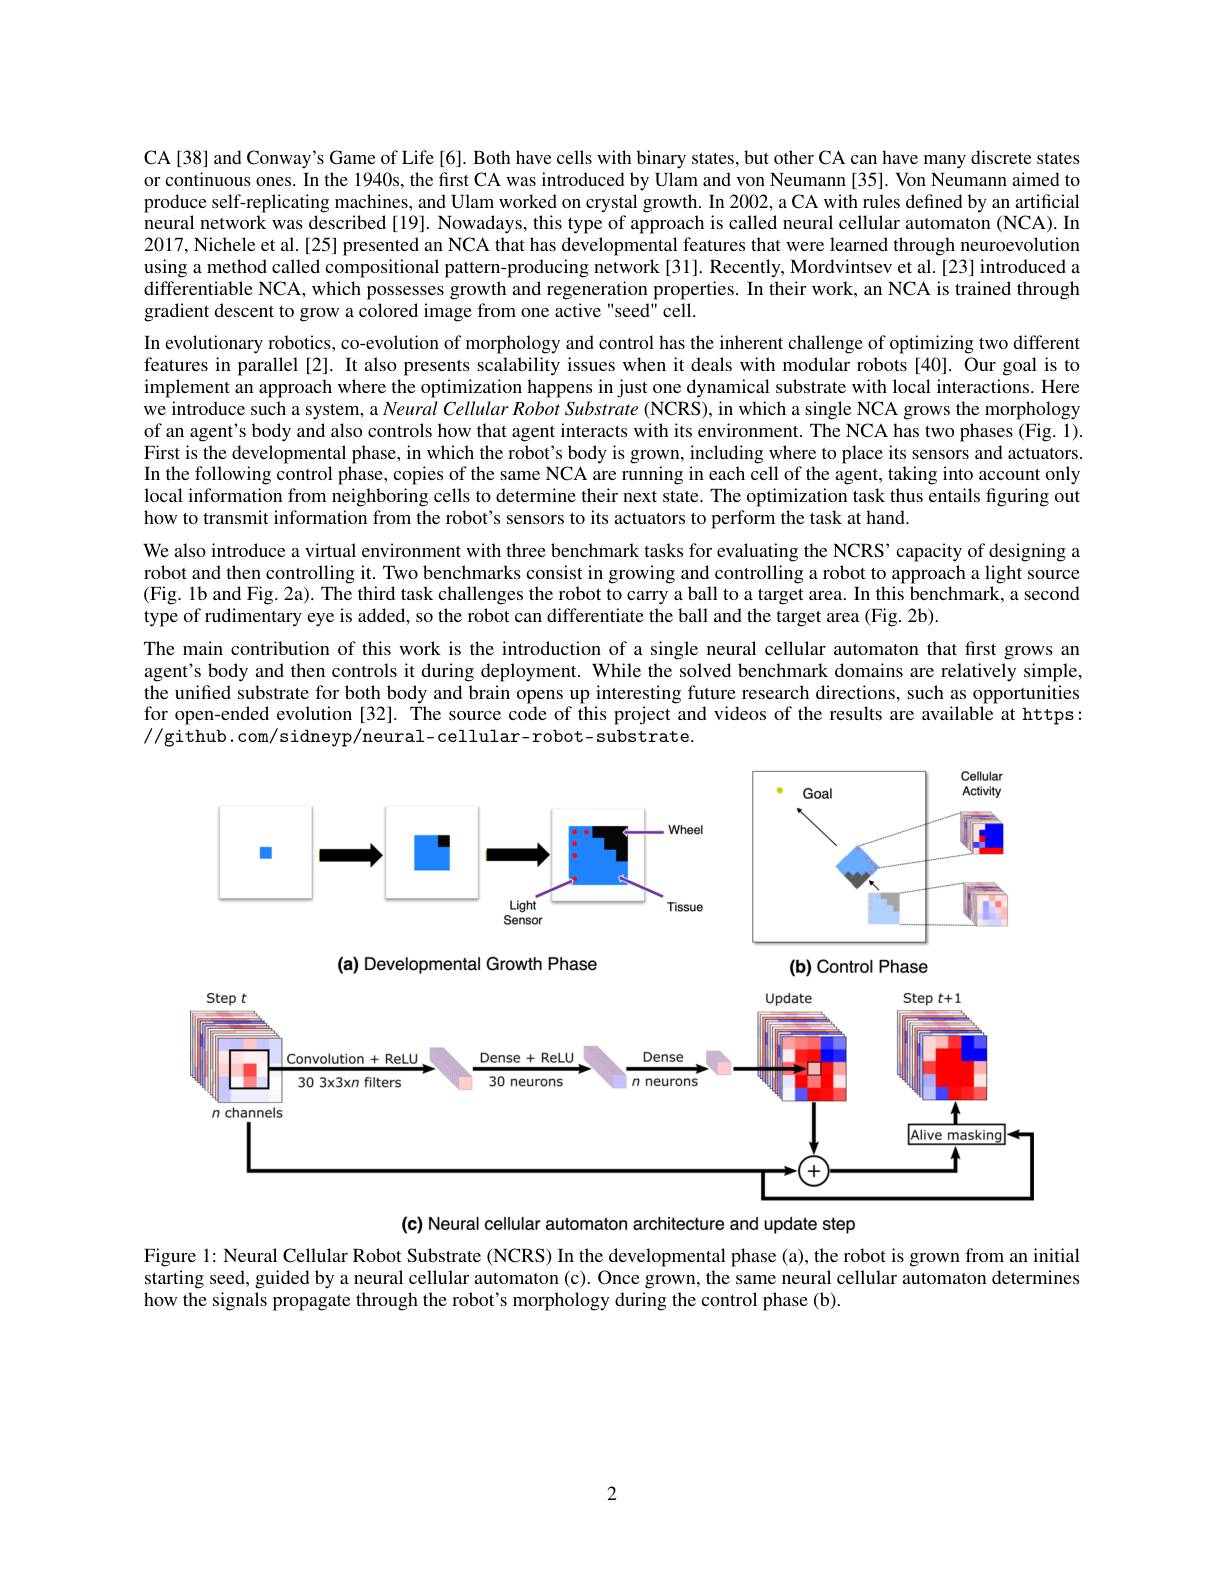
CA[38] and Conway's Game of Life[6]. Both have cells with binary states, but other CA can have many discrete states or continuous ones. In the 1940s, the first CA was introduced by Ulam and von Neumann [35]. Von Neumann aimed to produce self-replicating machines, and Ulam worked on crystal growth. In 2002, a CA with rules defined by an artificial neural network was described [19]. Nowadays, this type of approach is called neural cellular automaton (NCA). In 2017, Nichele et al.[25] presented an NCA that has developmental features that were learned through neuroevolution using a method called compositional pattern-producing network[31]. Recently, Mordvintsev et al.[23] introduced a differentiable NCA, which possesses growth and regeneration properties. In their work, an NCA is trained through gradient descent to grow a colored image from one active "seed" cell.
In evolutionary robotics, co-evolution of morphology and control has the inherent challenge of optimizing two different features in parallel [2]. It also presents scalability issues when it deals with modular robots[40]. Our goal is to implement an approach where the optimization happens in just one dynamical substrate with local interactions. Here we introduce such a system, a Neural Cellular Robot Substrate (NCRS), in which a single NCA grows the morphology of an agent's body and also controls how that agent interacts with its environment. The NCA has two phases (Fig. 1). First is the developmental phase, in which the robot's body is grown, including where to place its sensors and actuators. In the following control phase, copies of the same NCA are running in each cell of the agent, taking into account only local information from neighboring cells to determine their next state. The optimization task thus entails figuring out how to transmit information from the robot's sensors to its actuators to perform the task at hand.
We also introduce a virtual environment with three benchmark tasks for evaluating the NCRS' capacity of designing a robot and then controlling it. Two benchmarks consist in growing and controlling a robot to approach a light source (Fig. 1b and Fig. 2a). The third task challenges the robot to carry a ball to a target area. In this benchmark, a second type of rudimentary eye is added, so the robot can differentiate the ball and the target area (Fig. 2b).
The main contribution of this work is the introduction of a single neural cellular automaton that first grows an agent's body and then controls it during deployment. While the solved benchmark domains are relatively simple, the unified substrate for both body and brain opens up interesting future research directions, such as opportunities for open-ended evolution [32]. Tihe source code of this project and videos of the results are available at https: //github.com/sidneyp/neural-cellular-robot-substrate.

<FigureHere>

(b) Control Phase

(a) Developmental Growth Phase

<FigureHere>

(c) Neural cellular automaton architecture and update step

Figure 1: Neural Cellular Robot Substrate (NCRS) In the developmental phase (a), the robot is grown from an initial starting seed, guided by a neural cellular automaton (c). Once grown, the same neural cellular automaton determines how the signals propagate through the robot's morphology during the control phase (b).

2